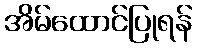
အိမ်ထောင်ပြုရန်